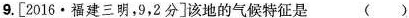
9.2分]该地的气候特征是 ()